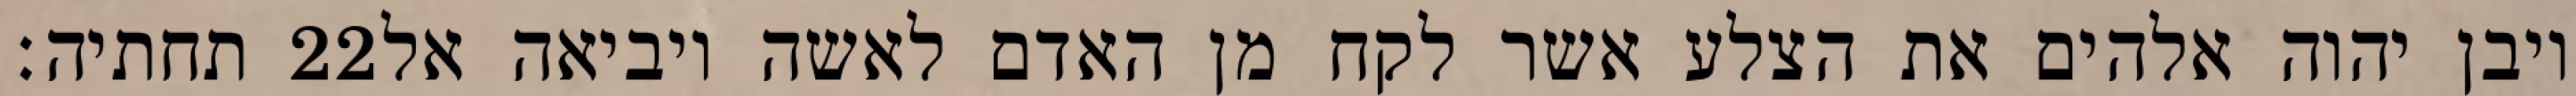
תחתיה׃ ‎22‏ ויבן יהוה אלהים את הצלע אשר לקח מן האדם לאשה ויביאה אל